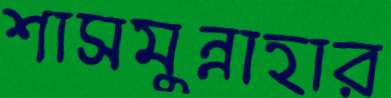
শাসমুন্নাহার